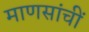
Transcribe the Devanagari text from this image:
माणसांचीं